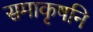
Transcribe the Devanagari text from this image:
समाकृषनि